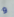
و